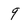
Character: 9